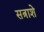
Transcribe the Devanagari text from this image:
सत्राशे